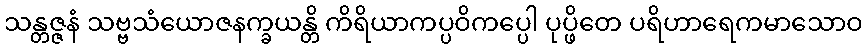
သန္တဇ္ဇနံ သဗ္ဗသံယောဇနက္ခယန္တိ ကိရိယာကပ္ပဝိကပ္ပေါ ပုပ္ဖိတေ ပရိဟာရေကမာသောဝ